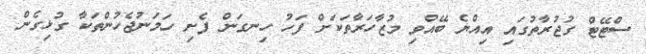
ސްޓޭޓް ގުޖުރާތުގައި އިއްޔެ ބޭއްވި މުޒާހަރާތަކަށް ފަހު ހިނގަން ފެށި ހަމަނުޖެހުންތަކާ ގުޅިގެން